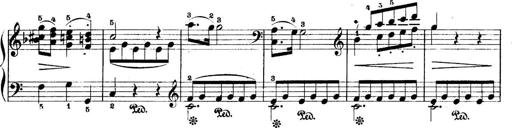
Title: 5 Sonatinas
Composer: Theodor Kirchner